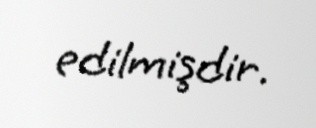
edilmişdir.